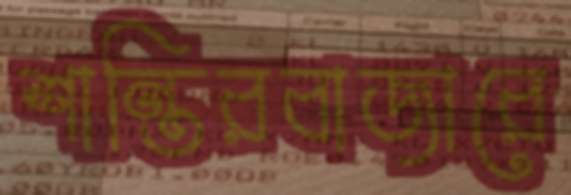
শান্তিরবাজারে